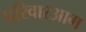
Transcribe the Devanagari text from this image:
परिवारआम